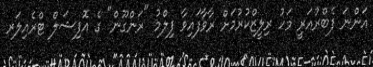
އަންނަ ފެބްރުއަރީ މަހު ރިލީޒްކުރުމަށް ރާވާފައިވާ ފިލްމު "ރަންގޫން" ގެ އޮފިޝަލް ޓްރެއިލަރ